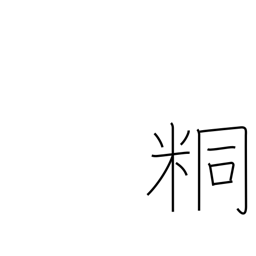
Meaning: unpolished rice